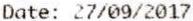
DATE: 27/09/2017